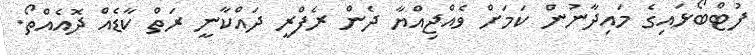
ފުޓްބޯޅައިގެ މައިދާނުން ކަމަށް ވެއްޖިއްޔާ ދެން ރެފްރީ ދައްކާނީ ރަތް ކާޑެއް ދޮއެއްތޯ.